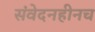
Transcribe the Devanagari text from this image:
संवेदनहीनच